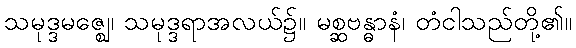
သမုဒ္ဒမဇ္ဈေ၊ သမုဒ္ဒရာအလယ်၌။ မစ္ဆဗန္ဓာနံ၊ တံငါသည်တို့၏။